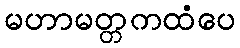
မဟာမတ္တကထံပေ